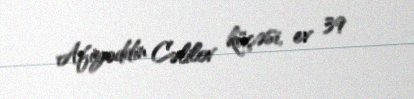
Afiyəddin Cəlilov küçəsi, ev 39